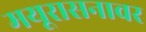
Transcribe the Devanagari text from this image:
मयूरासनावर